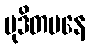
မုဒိတမနေ